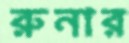
রুনার